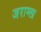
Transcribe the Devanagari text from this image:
जराम्ला